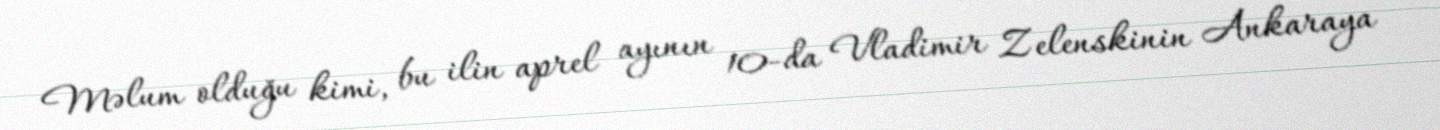
Məlum olduğu kimi, bu ilin aprel ayının 10-da Vladimir Zelenskinin Ankaraya